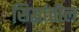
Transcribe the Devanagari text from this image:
सिद्धांतील